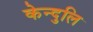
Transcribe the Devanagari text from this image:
केन्दुलि